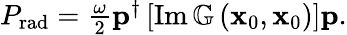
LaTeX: \begin{array}{r}{P_{\mathrm{rad}}=\frac{\omega}{2}\mathbf{p}^{\dagger}\left[\operatorname{Im}\mathbb{G}\left(\mathbf{x}_{0},\mathbf{x}_{0}\right)\right]\mathbf{p}.}\end{array}